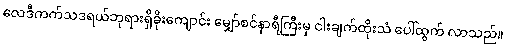
လေဒီကက်သဒရယ်ဘုရားရှိခိုးကျောင်း မျှော်စင်နာရီကြီးမှ ငါးချက်ထိုးသံ ပေါ်ထွက် လာသည်။